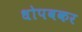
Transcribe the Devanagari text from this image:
धोपवकर